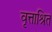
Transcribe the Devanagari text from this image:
वृत्ताश्रित